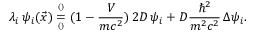
\lambda _ { i } \, \psi _ { i } ( \vec { x } ) \overset { ^ { ( ) } } { \underset { ^ { ( ) } } { = } } ( 1 - \frac { V } { m c ^ { 2 } } ) \, 2 D \, \psi _ { i } + D \frac { \hbar ^ { 2 } } { m ^ { 2 } c ^ { 2 } } \, \Delta \psi _ { i } .